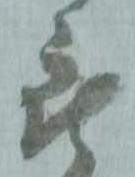
被